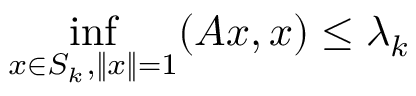
\operatorname* { i n f } _ { x \in S _ { k } , \| x \| = 1 } ( A x , x ) \leq \lambda _ { k }